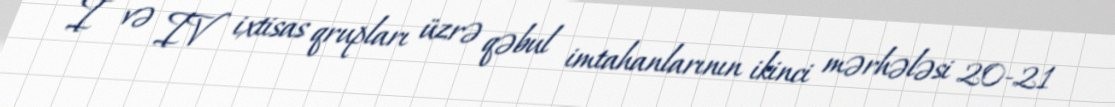
I və IV ixtisas qrupları üzrə qəbul imtahanlarının ikinci mərhələsi 20-21